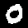
Label: 0